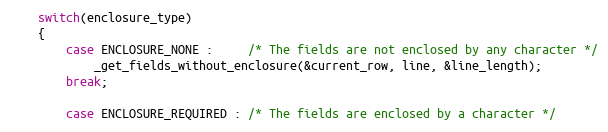
Language: C++
	switch(enclosure_type)
	{
		case ENCLOSURE_NONE : 	 /* The fields are not enclosed by any character */
			_get_fields_without_enclosure(&current_row, line, &line_length);
		break;

		case ENCLOSURE_REQUIRED : /* The fields are enclosed by a character */